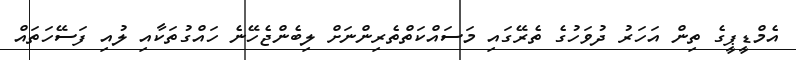
އެމްޑީޕީގެ ތިން އަހަރު ދުވަހުގެ ތެރޭގައި މަސައްކަތްތެރިންނަށް ލިބެންޖެހޭނެ ހައްގުތަކާއި ލުއި ފަސޭހަތައް